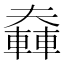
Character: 𨎑